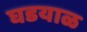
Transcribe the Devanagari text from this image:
घडयाळ